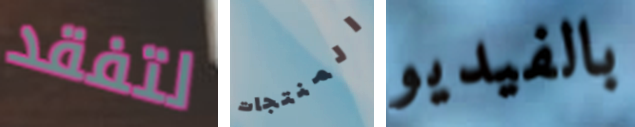
لتفقد المنتجات بالفيديو